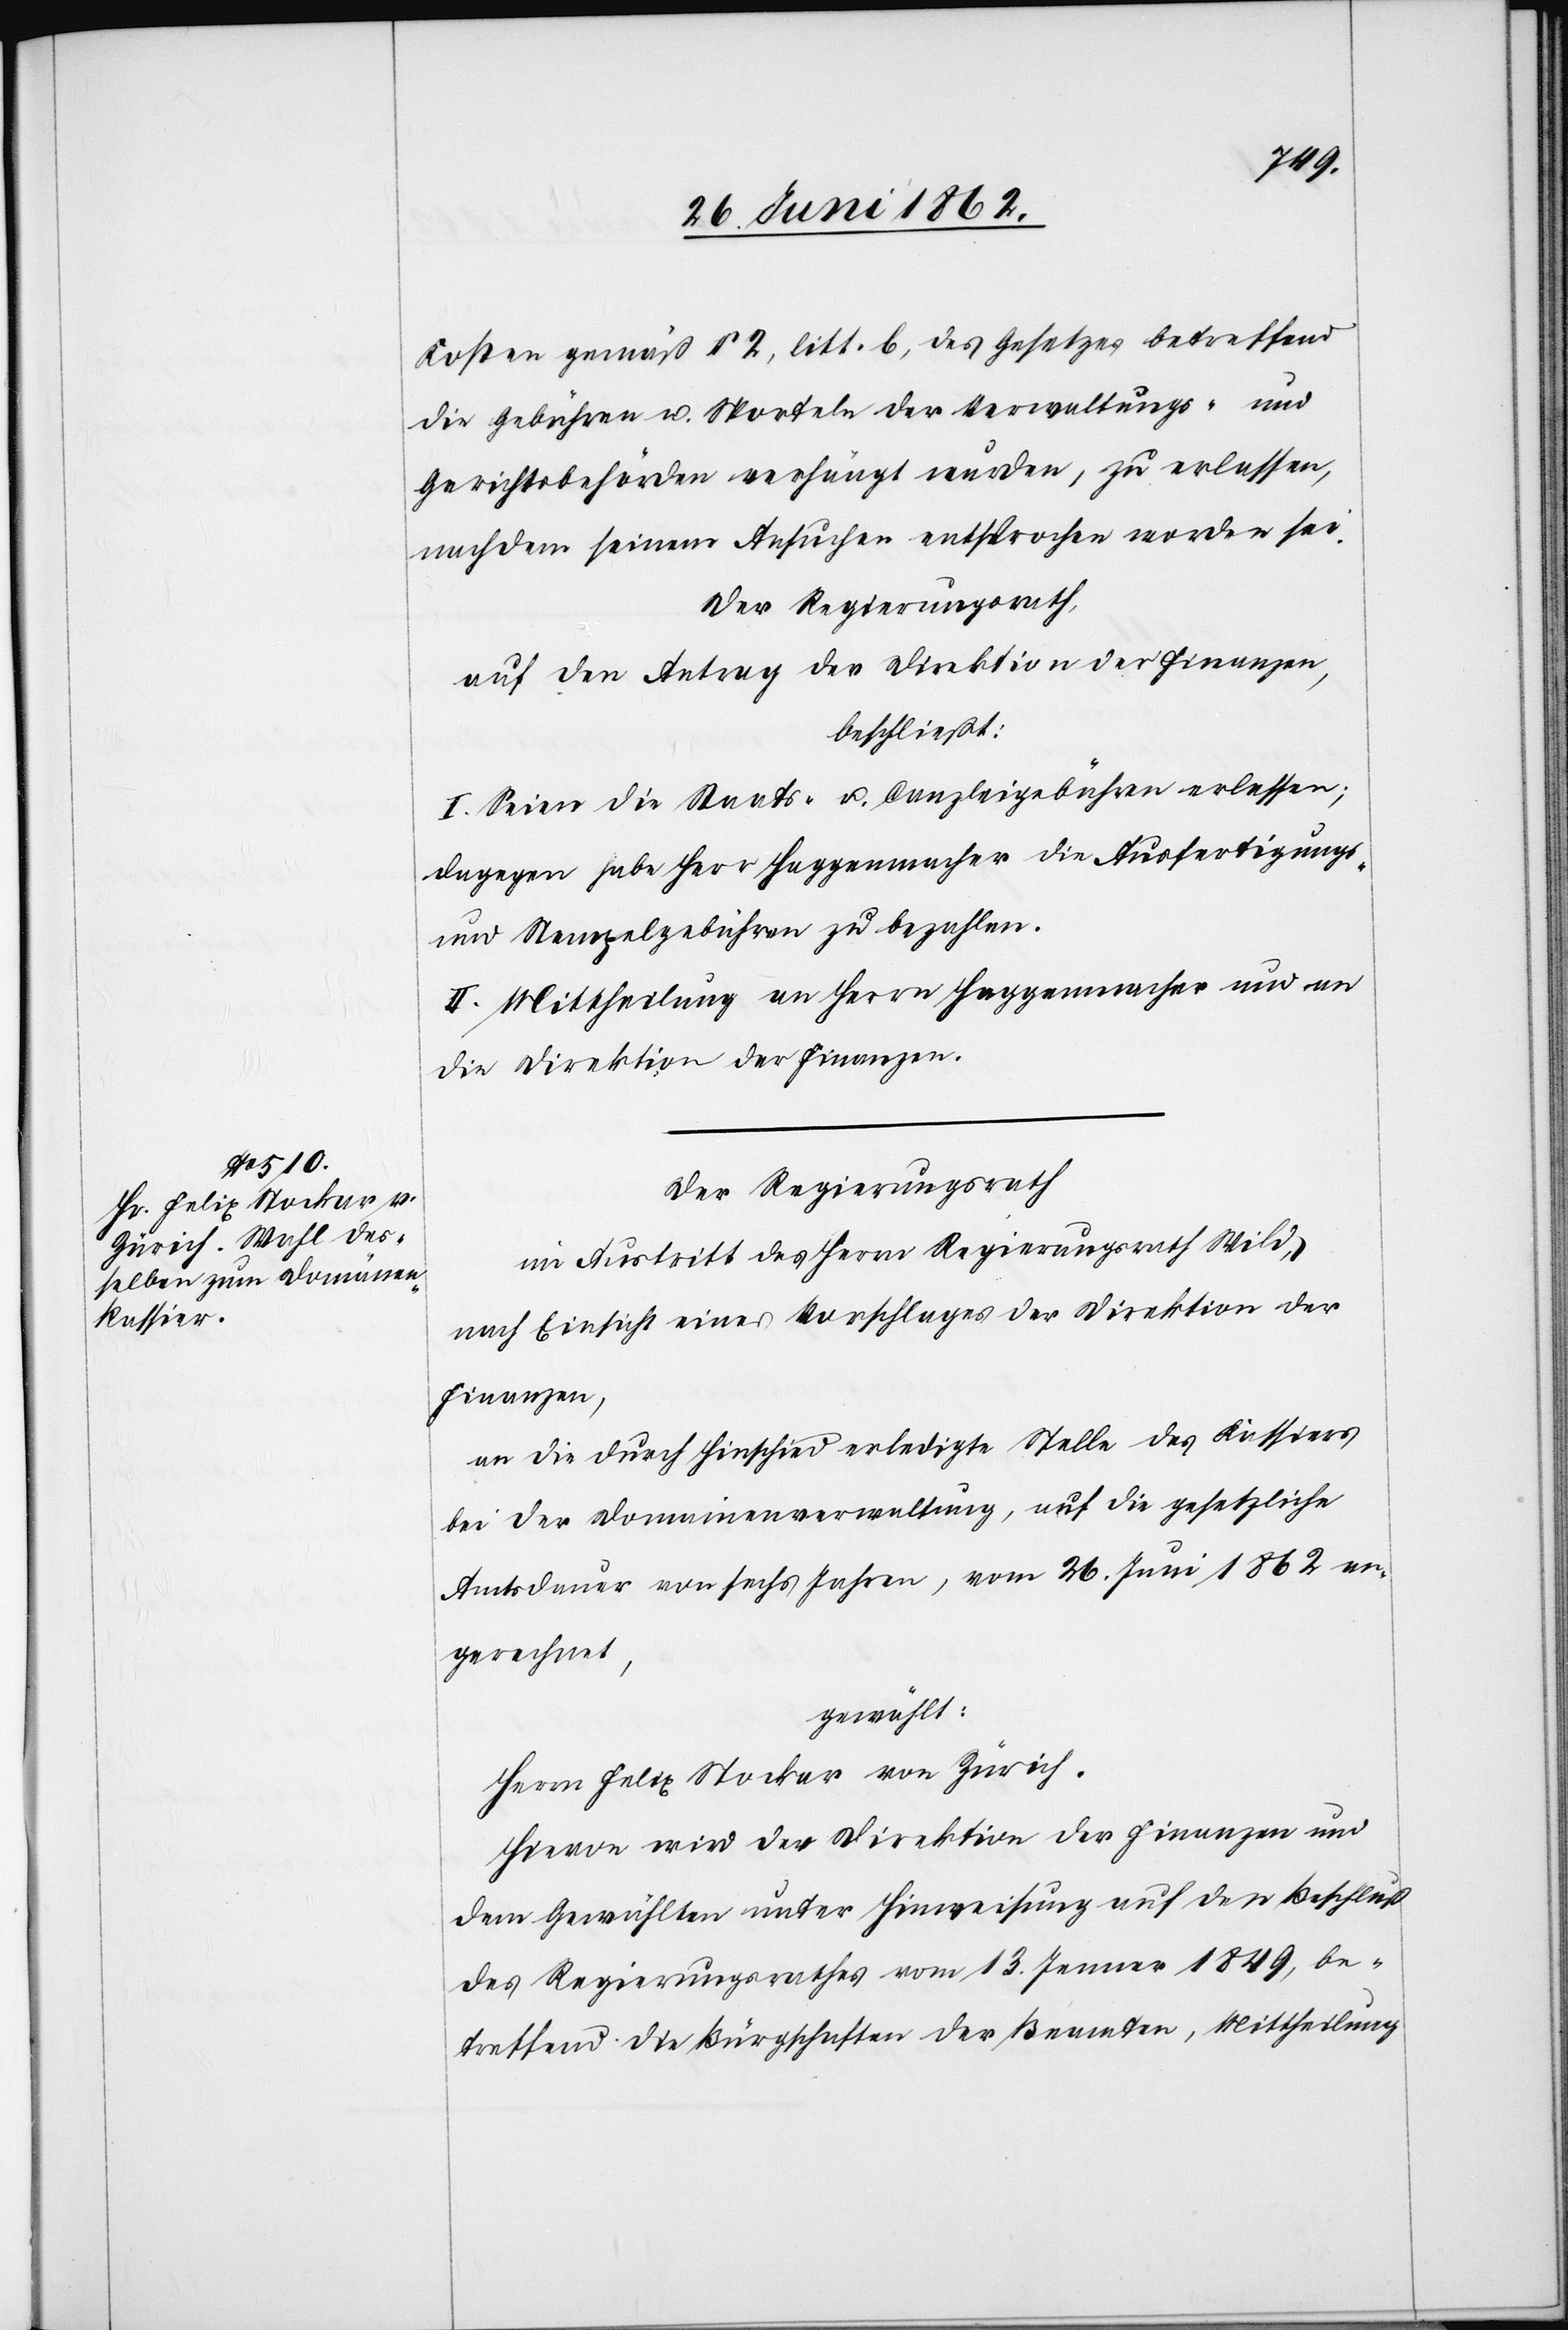
Kosten gemäß § 2, litt. b, des Gesetzes betreffend
die Gebühren u. Sporteln der Verwaltungs- und
Gerichtsbehörden verhängt wurden, zu erlassen,
nachdem seinem Ansuchen entsprochen worden sei.
Der Regierungsrath,
auf den Antrag der Direktion der Finanzen,
beschließt:
I. Seien die Staats- u. Canzleigebühren erlassen;
dagegen habe Herr Haggenmacher die Ausfertigungs-
und Stempelgebühren zu bezahlen.
II. Mittheilung an Herrn Haggenmacher und an
die Direktion der Finanzen.
Der Regierungsrath
im Austritt des Herrn Regierungsrath Wild,
nach Einsicht eines Vorschlages der Direktion der
Finanzen,
an die durch Hinschied erledigte Stelle des Kassiers
bei der Domainenverwaltung, auf die gesetzliche
Amtsdauer von sechs Jahren, vom 26. Juni 862 an¬
gerechnet,
gewählt:
Herrn Felix Stockar von Zürich.
Hievon wird der Direktion der Finanzen und
dem Gewählten unter Hinweisung auf den Beschluß
des Regierungsrathes vom 13. Jenner 1849, be¬
treffend die Bürgschaften der Beamten, Mittheilung